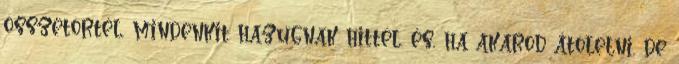
összetörtél, mindenkit hazugnak hittél. és, ha akarod átölelni, de